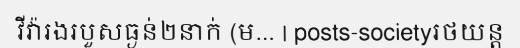
វីវ៉ារងរបួសធ្ងន់២នាក់ (ម... | posts-societyរថយន្ត